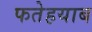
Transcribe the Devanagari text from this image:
फतेहयाब